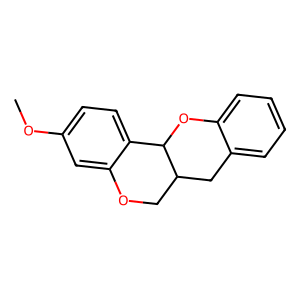
SMILES: COc1ccc2c(c1)OCC1Cc3ccccc3OC21
Inhibits HIV replication: No